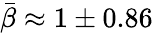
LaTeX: \bar{\beta}\approx 1\pm 0.86